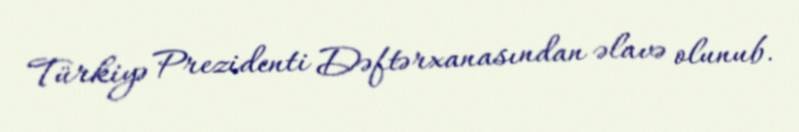
Türkiyə Prezidenti Dəftərxanasından əlavə olunub.